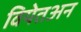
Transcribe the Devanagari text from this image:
वियेतअन